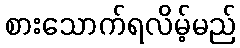
စားသောက်ရလိမ့်မည်